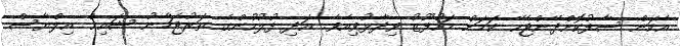
އެކަން ސާފުކޮށްދޭންޖެހޭ ކަމަށް މަހުފޫޒު ވިދާޅުވިއެވެ. އަދި ފުލުހުންގެ ތަރުޖަމާނު ޝައިޚް އިލްޔާސް